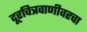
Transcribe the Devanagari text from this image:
दूरचित्रवाणीवरचा